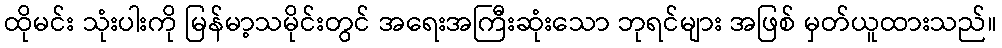
ထိုမင်း သုံးပါးကို မြန်မာ့သမိုင်းတွင် အရေးအကြီးဆုံးသော ဘုရင်များ အဖြစ် မှတ်ယူထားသည်။